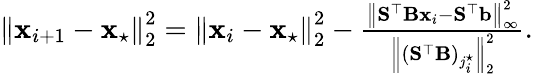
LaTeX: \begin{array}{r}{\left\| \mathbf{x}_{i+1}-\mathbf{x}_{\star}\right\| _{2}^{2}=\left\| \mathbf{x}_{i}-\mathbf{x}_{\star}\right\| _{2}^{2}-\frac{\left\| \mathbf{S}^{\top}\mathbf{B}\mathbf{x}_{i}-\mathbf{S}^{\top}\mathbf{b}\right\| _{\infty}^{2}}{\left\| \left(\mathbf{S}^{\top}\mathbf{B}\right)_{j_{i}^{\star}}\right\| _{2}^{2}}.}\end{array}